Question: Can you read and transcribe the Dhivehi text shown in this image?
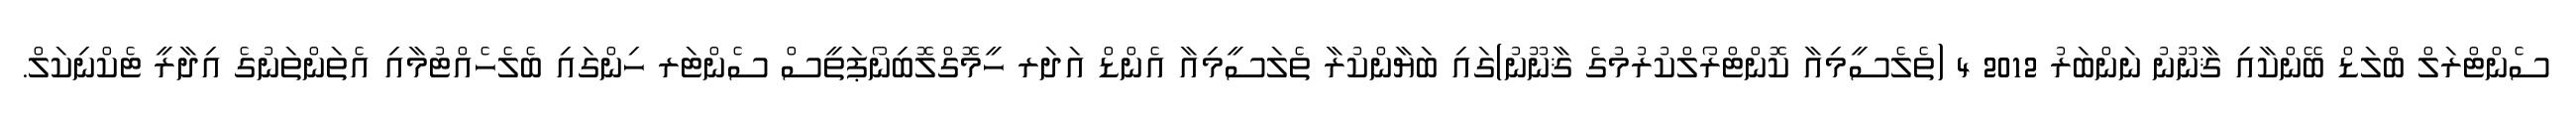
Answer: ސެންޓްރަލް ބްލަޑް ބޭންކާއި ޤާނޫނު ނަންބަރު 2012 4 (ތެލެސީމިއާ ކޮންޓްރޯލްކުރުމުގެ ޤާނޫނު)ގައި ބަޔާންކުރާ ތެލަސީމިއާ އެންޑް އަދަރ ހީމޮގްލޮބިނޯޕަތީސް ސެންޓަރ ހިންގައި ބެލެހެއްޓުމާއި އެތަންތަނުގެ އިދާރީ ޓެކްނިކަލް.